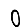
Digit: 0